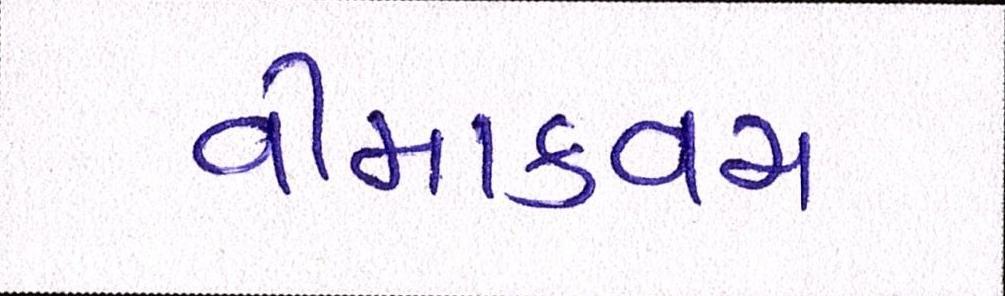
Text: વીમાકવચ